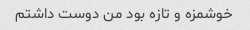
خوشمزه و تازه بود من دوست داشتم